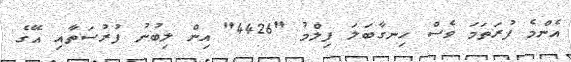
އެންމެ ފުރަތަމަ ވެސް ހިނގާބަލަ ފިލްމު "4426" އިން ލިބުނު ފުރުސަތާއި އޭގެ